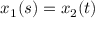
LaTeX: x _ { 1 } ( s ) = x _ { 2 } ( t )